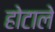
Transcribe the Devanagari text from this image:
होटाले